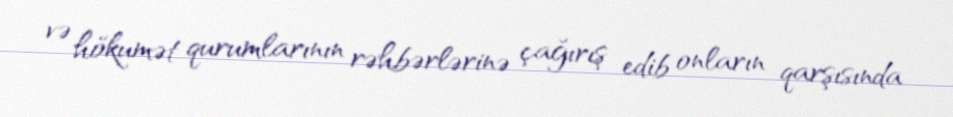
və hökumət qurumlarının rəhbərlərinə çağırış edib onların qarşısında